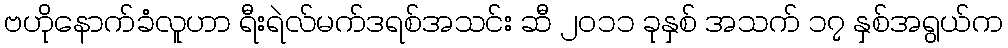
ဗဟိုနောက်ခံလူဟာ ရီးရဲလ်မက်ဒရစ်အသင်း ဆီ ၂၀၁၁ ခုနှစ် အသက် ၁၇ နှစ်အရွယ်က